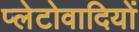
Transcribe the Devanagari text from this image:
प्लेटोवादियों